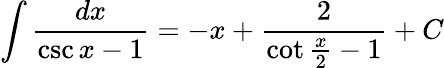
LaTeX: \int{\frac{dx}{\csc{x}-1}}=-x+{\frac{2}{\cot{\frac{x}{2}}-1}}+C